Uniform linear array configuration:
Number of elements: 4
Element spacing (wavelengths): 0.25
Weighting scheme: exponential
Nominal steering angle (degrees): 15
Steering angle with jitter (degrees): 13.907
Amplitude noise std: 0.05
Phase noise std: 0.05

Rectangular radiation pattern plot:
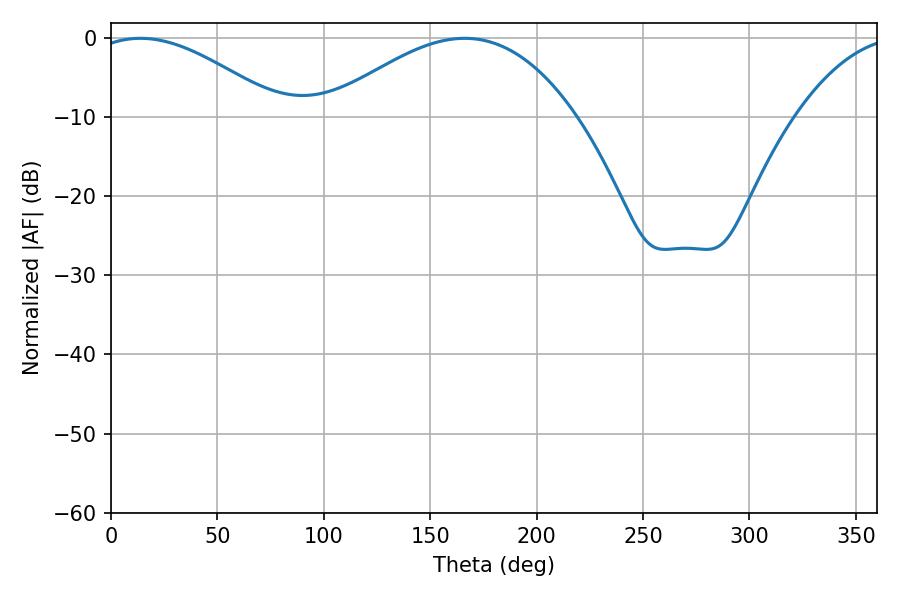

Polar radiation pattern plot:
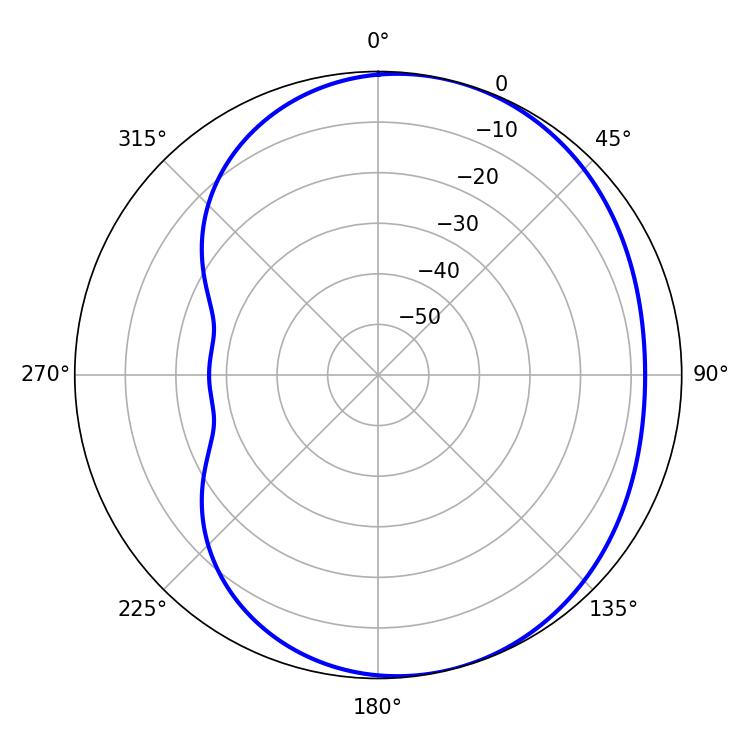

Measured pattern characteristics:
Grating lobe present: FALSE
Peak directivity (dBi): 4.373
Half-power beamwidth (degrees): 48.78
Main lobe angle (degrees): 13.86